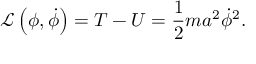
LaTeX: { \mathcal { L } } \left( \phi , { \dot { \phi } } \right) = T - U = { \frac { 1 } { 2 } } m a ^ { 2 } { \dot { \phi } } ^ { 2 } .